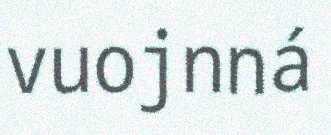
vuojnná